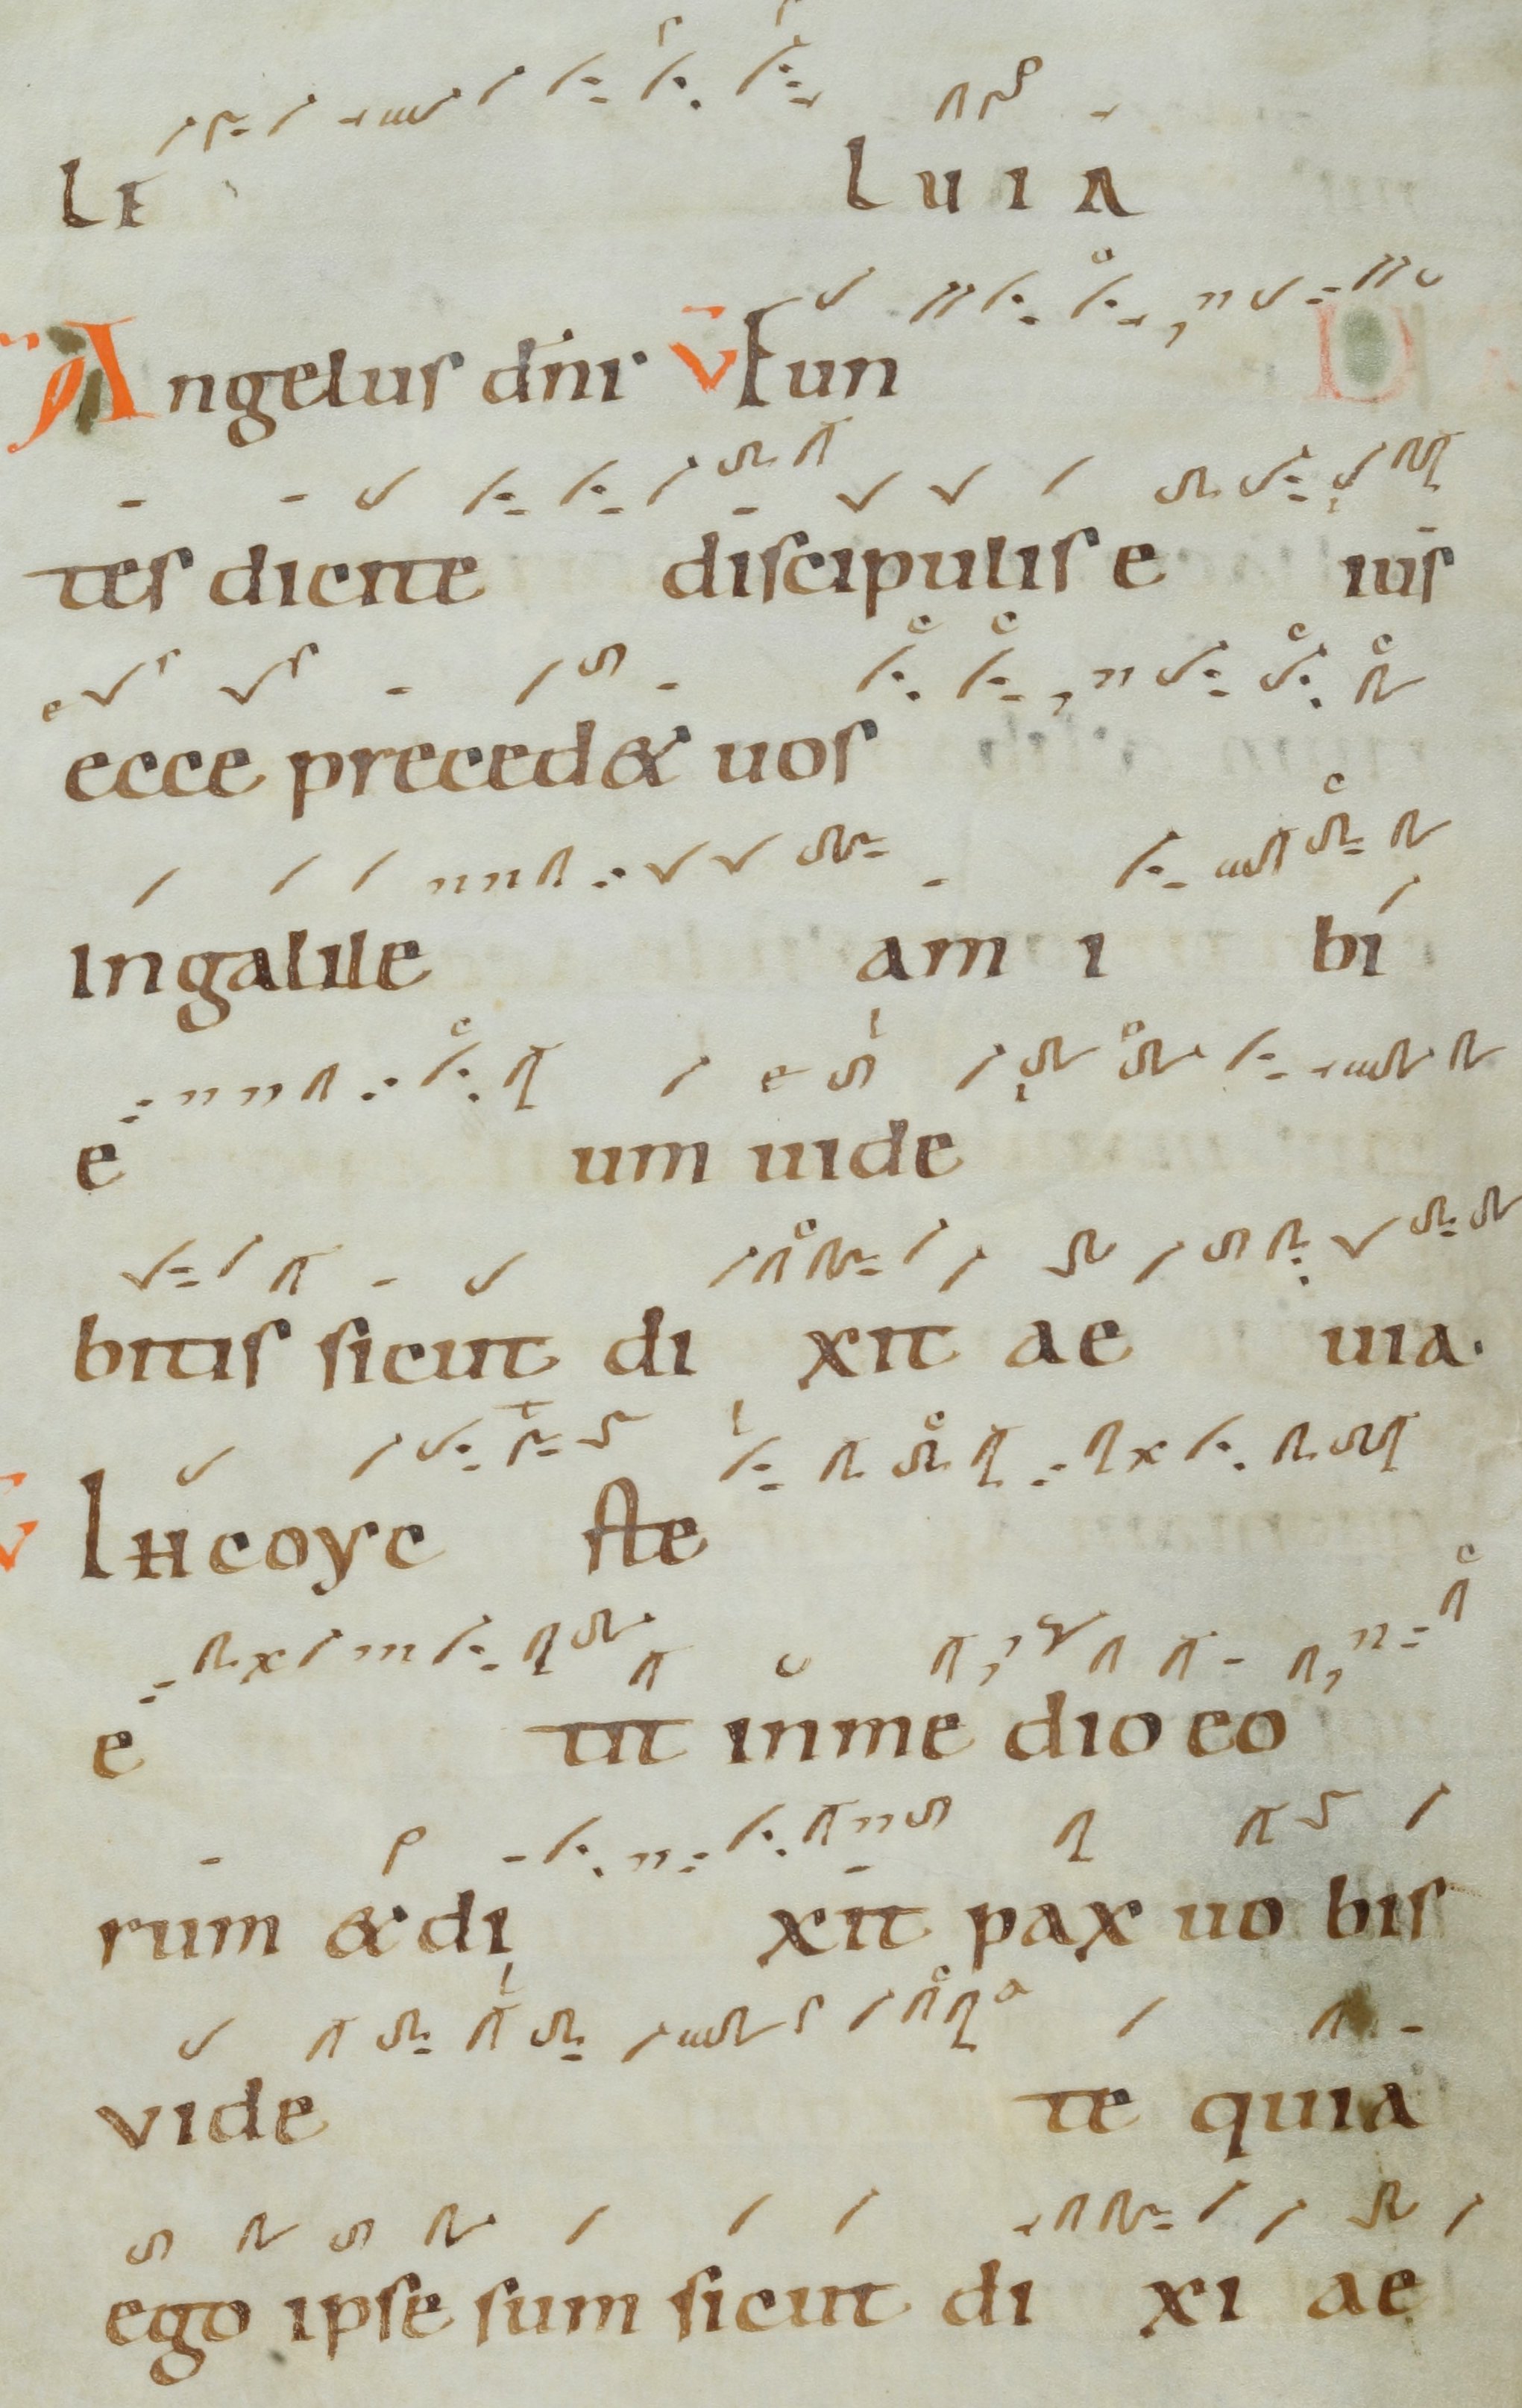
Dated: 1000–1099